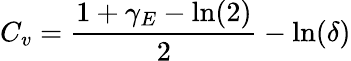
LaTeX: C_{v}=\frac{1+\gamma_{E}-\ln(2)}{2}-\ln(\delta)